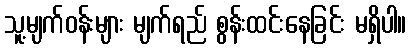
သူ့မျက်ဝန်းများ မျက်ရည် စွန်းထင်းနေခြင်း မရှိပါ။